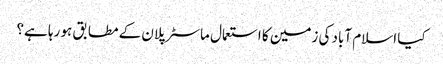
کیا اسلام آباد کی زمین کا استعمال ماسٹر پلان کے مطابق ہو رہا ہے؟